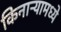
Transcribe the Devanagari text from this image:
किनाऱ्यामध्ये